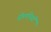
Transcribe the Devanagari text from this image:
ढोलनियाँ